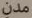
مدن